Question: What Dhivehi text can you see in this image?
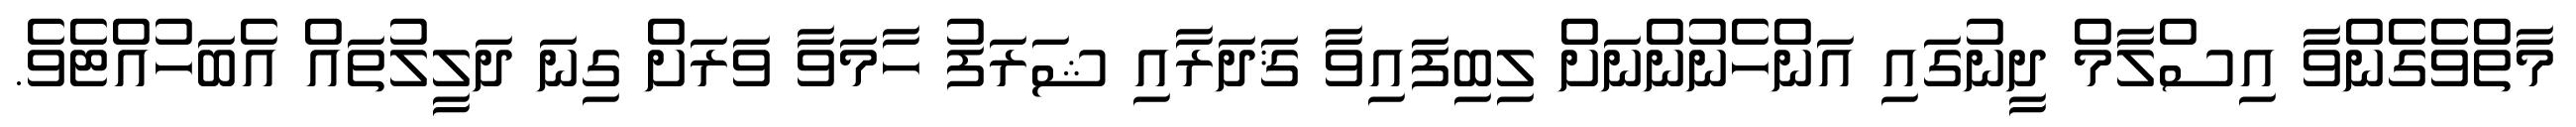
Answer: މާތްވެގެންވާ އިސްލާމް ދީނުގައި އަންހެނުންނަށް ލިބިފައިވާ ޤަދަރާއި ޝަރަފު ހާމަވާ ވަރަށް ގިނަ ދަލީލުތައް އެބަހުއްޓެވެ.